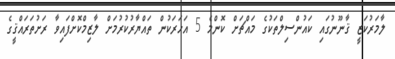
ލާމަރުކަޒީ ޤާނޫނުގައި ކައުންސިލްތަކުގެ މައްޗަށް ކޮންމެ 5 އަހަރަކުން ތައްޔާރުކުރުމަށް ލާޒިމްކޮށްފައިވާ ރަށުތަރައްޤީގެ